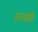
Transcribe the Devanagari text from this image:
तरफी